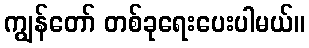
ကျွန်တော် တစ်ခုရေးပေးပါမယ်။